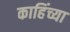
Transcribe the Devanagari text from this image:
काहिंच्या